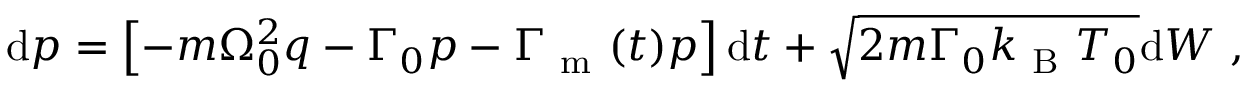
\mathrm { d } p = \left[ - m \Omega _ { 0 } ^ { 2 } q - \Gamma _ { 0 } p - \Gamma _ { \mathrm { ~ m ~ } } ( t ) p \right] \mathrm { d } t + \sqrt { 2 m \Gamma _ { 0 } k _ { \mathrm { ~ B ~ } } T _ { 0 } } \mathrm { d } W \mathrm { ~ , ~ }